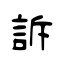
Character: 訴